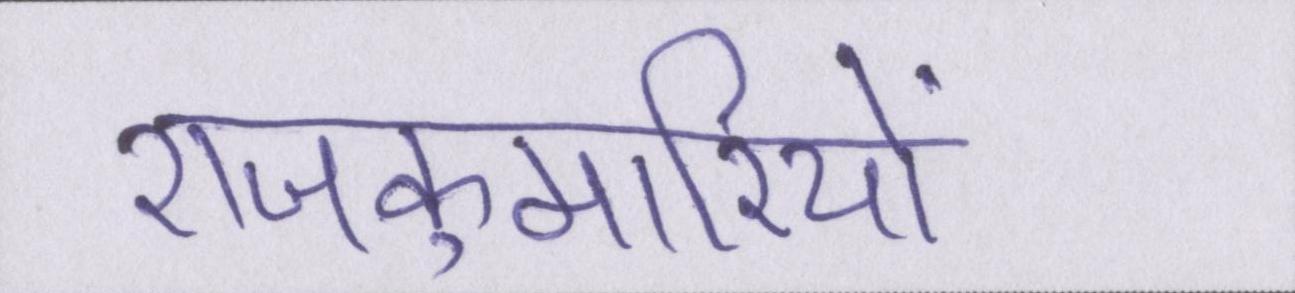
राजकुमारियों